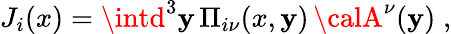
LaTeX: J_{i}(x)=\intd^{3}\mathbf{y}\, \Pi_{i\nu}(x,\mathbf{y})\, {\calA}^{\nu}(\mathbf{y})\; ,